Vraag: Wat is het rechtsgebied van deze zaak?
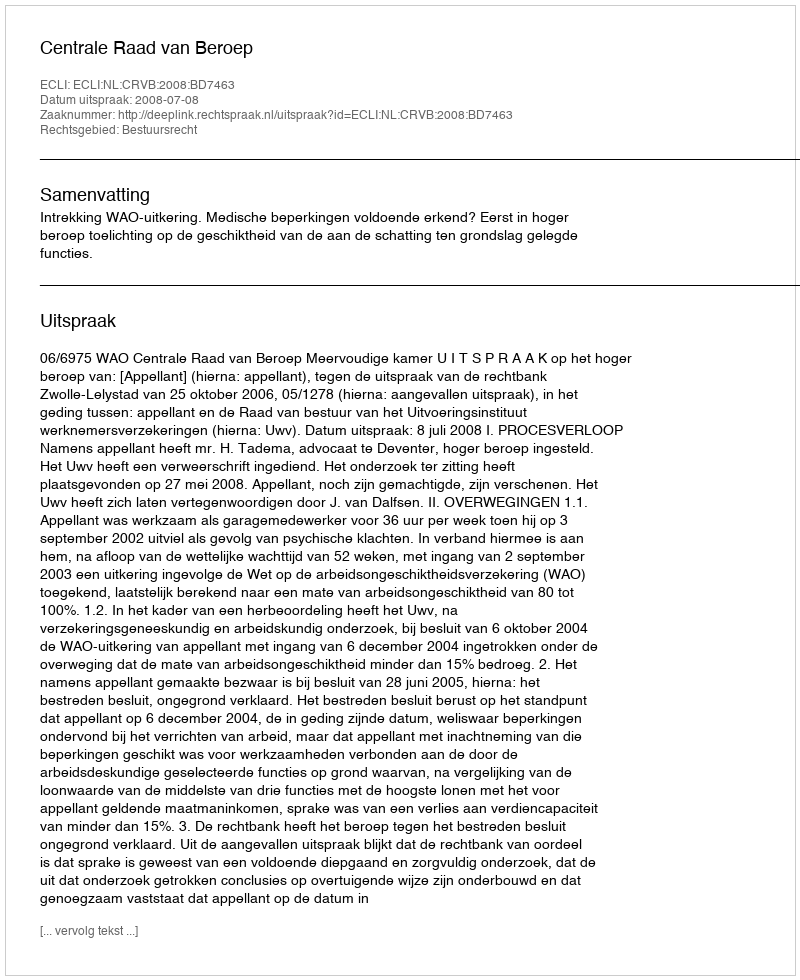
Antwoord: Bestuursrecht